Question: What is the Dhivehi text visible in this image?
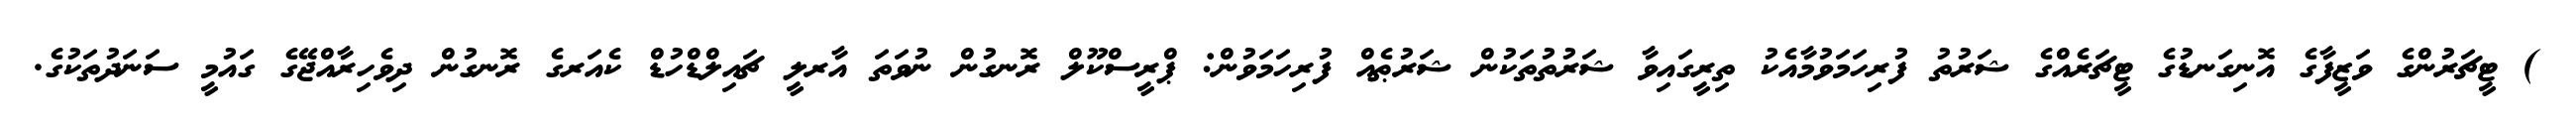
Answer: ) ޓީޗަރުންގެ ވަޒީފާގެ އޮނިގަނޑުގެ ޓީޗަރެއްގެ ޝަރުތު ފުރިހަމަވުމާއެކު ތިރީގައިވާ ޝަރުތުތަކުން ޝަރުޠެއް ފުރިހަމަވުން: ޕްރީސްކޫލް ރޮނގުން ނުވަތަ އާރލީ ޗައިލްޑްހުޑް ކެއަރގެ ރޮނގުން ދިވެހިރާއްޖޭގެ ގައުމީ ސަނަދުތަކުގެ.